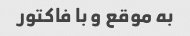
به موقع و با فاکتور